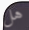
هل